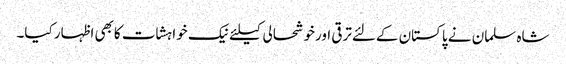
شاہ سلمان نے پاکستان کےلئےترقی اورخوشحالی کیلئےنیک خواہشات کابھی اظہار کیا۔